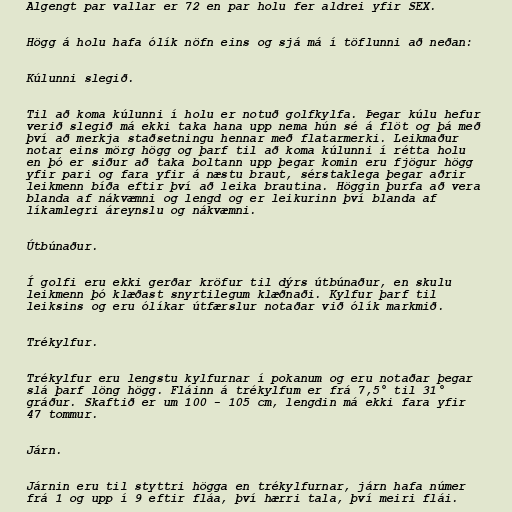
Algengt par vallar er 72 en par holu fer aldrei yfir SEX.

Högg á holu hafa ólík nöfn eins og sjá má í töflunni að neðan:

Kúlunni slegið.

Til að koma kúlunni í holu er notuð golfkylfa. Þegar kúlu hefur
verið slegið má ekki taka hana upp nema hún sé á flöt og þá með
því að merkja staðsetningu hennar með flatarmerki. Leikmaður
notar eins mörg högg og þarf til að koma kúlunni í rétta holu
en þó er siður að taka boltann upp þegar komin eru fjögur högg
yfir pari og fara yfir á næstu braut, sérstaklega þegar aðrir
leikmenn bíða eftir því að leika brautina. Höggin þurfa að vera
blanda af nákvæmni og lengd og er leikurinn því blanda af
líkamlegri áreynslu og nákvæmni.

Útbúnaður.

Í golfi eru ekki gerðar kröfur til dýrs útbúnaður, en skulu
leikmenn þó klæðast snyrtilegum klæðnaði. Kylfur þarf til
leiksins og eru ólíkar útfærslur notaðar við ólík markmið.

Trékylfur.

Trékylfur eru lengstu kylfurnar í pokanum og eru notaðar þegar
slá þarf löng högg. Fláinn á trékylfum er frá 7,5° til 31°
gráður. Skaftið er um 100 - 105 cm, lengdin má ekki fara yfir
47 tommur.

Járn.

Járnin eru til styttri högga en trékylfurnar, járn hafa númer
frá 1 og upp í 9 eftir fláa, því hærri tala, því meiri flái.